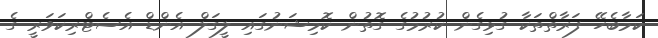
ކަމާބެހޭ ފަރާތްތަކާ ގުޅިގެން ކުރުމުގެ ގޮތުން ކޮމިޝަނުގައި ލީގަލް އެންޑް އެސެޓްރިކަވަރީ ގެ